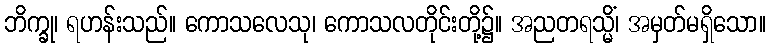
ဘိက္ခု၊ ရဟန်းသည်။ ကောသလေသု၊ ကောသလတိုင်းတို့၌။ အညတရသ္မိံ၊ အမှတ်မရှိသော။